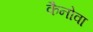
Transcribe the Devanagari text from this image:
कैनोवा